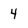
Character: 4